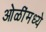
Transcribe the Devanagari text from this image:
ओळींमध्ये